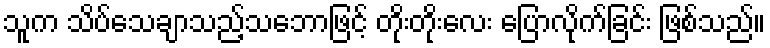
သူက သိပ်သေချာသည့်သဘောဖြင့် တိုးတိုးလေး ပြောလိုက်ခြင်း ဖြစ်သည်။